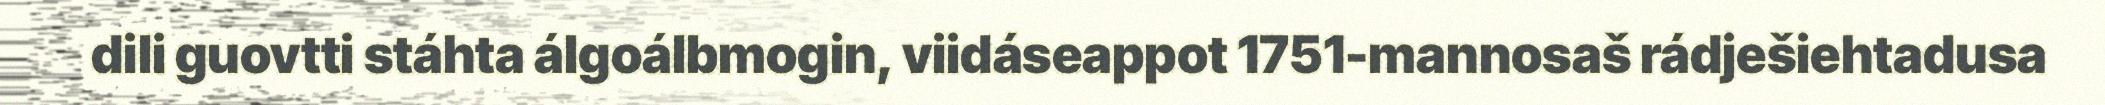
dili guovtti stáhta álgoálbmogin, viidáseappot 1751-mannosaš rádješiehtadusa